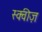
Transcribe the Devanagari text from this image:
स्क्वीज़